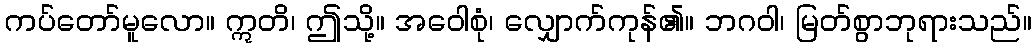
ကပ်တော်မူလော။ ဣတိ၊ ဤသို့။ အဝေါစုံ၊ လျှောက်ကုန်၏။ ဘဂဝါ၊ မြတ်စွာဘုရားသည်။